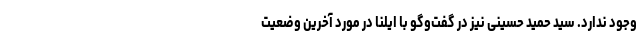
وجود ندارد. سید حمید حسینی نیز در گفت‌وگو با ایلنا در مورد آخرین وضعیت